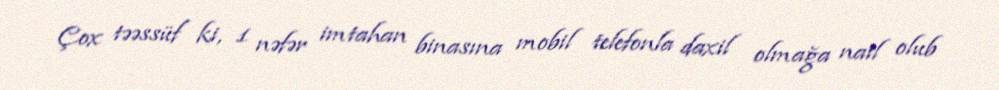
Çox təəssüf ki, 1 nəfər imtahan binasına mobil telefonla daxil olmağa nail olub